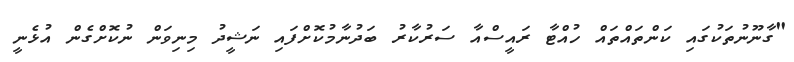
"ގާނޫނުތަކުގަައި ކަންތައްތައް ހުއްޓާ ރައީސްއާ ސަރުކާރު ބަދުނާމުކޮށްފައި ނަޝީދު މިނިވަން ނުކޮށްގެން އުޅެނީ